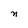
Character: n